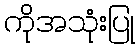
ကိုအသုံးပြု